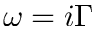
\omega = i \Gamma